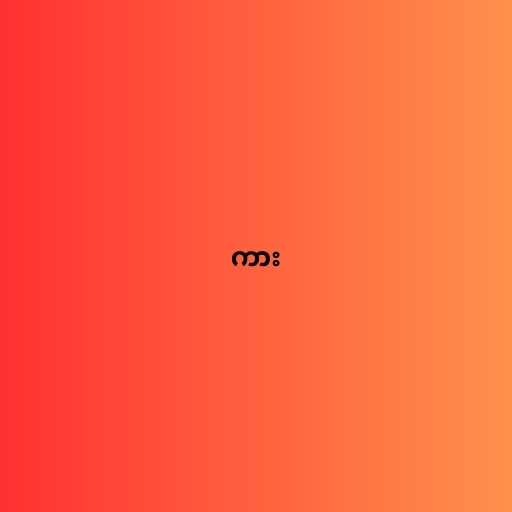
ကား